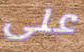
على